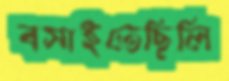
বসাইতেছিলি